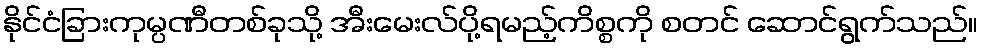
နိုင်ငံခြားကုမ္ပဏီတစ်ခုသို့ အီးမေးလ်ပို့ရမည့်ကိစ္စကို စတင် ဆောင်ရွက်သည်။